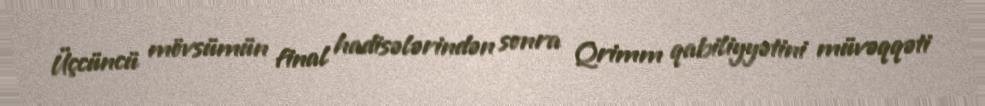
Üçcüncü mövsümün final hadisələrindən sonra Qrimm qabiliyyətini müvəqqəti